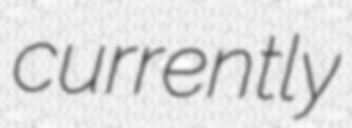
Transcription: currently